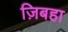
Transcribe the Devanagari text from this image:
ज़िबहा